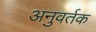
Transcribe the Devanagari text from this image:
अनुवर्तक